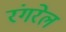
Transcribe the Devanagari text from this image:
रंगरेल